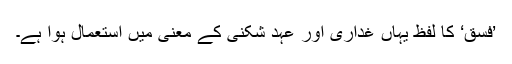
’فسق‘ کا لفظ یہاں غداری اور عہد شکنی کے معنی میں استعمال ہوا ہے۔